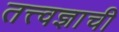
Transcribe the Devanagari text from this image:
तत्त्वज्ञाची